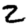
Digit: 2